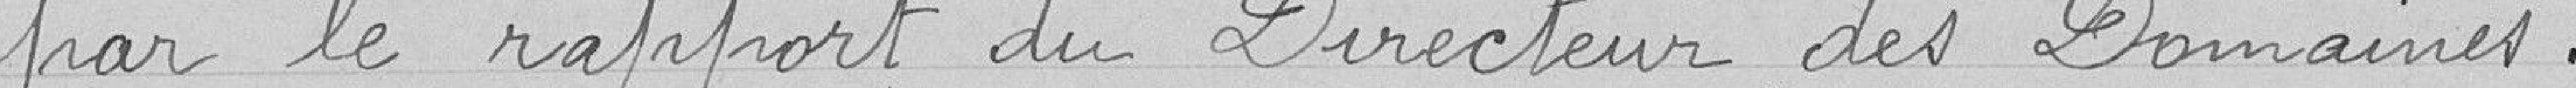
par le rapport du Directeur des Domaines